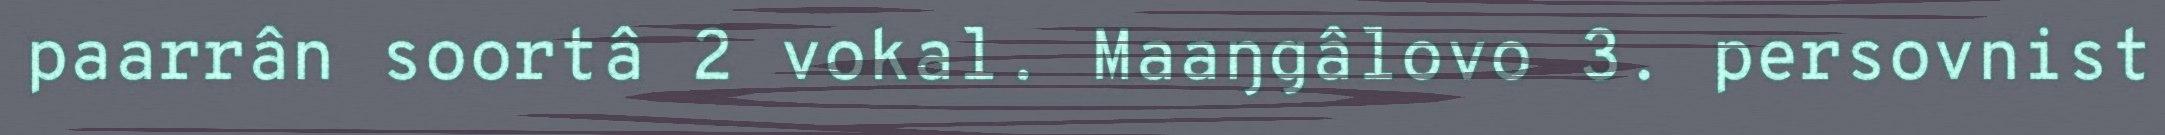
paarrân soortâ 2 vokal. Maaŋgâlovo 3. persovnist